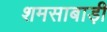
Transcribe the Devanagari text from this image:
शमसाबाड़ी